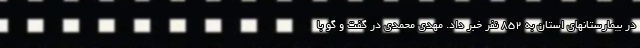
در بیمارستانهای استان به 852 نفر خبر داد. مهدی محمدی در گفت و گو با